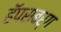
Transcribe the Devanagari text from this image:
हॅपस्बर्ग